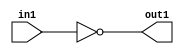
`timescale 1ps / 1ps
/*****************************************************************************
    Verilog RTL Description
    
    
    Created by: Stratus DpOpt 21.05.01 
*******************************************************************************/

module SobelFilter_Not_1U_1U_1 (
	in1,
	out1
	); /* architecture "behavioural" */ 
input  in1;
output  out1;
wire  asc001;

assign asc001 = 
	((~in1));

assign out1 = asc001;
endmodule

/* CADENCE  urXxQgw= : u9/ySxbfrwZIxEzHVQQV8Q== ** DO NOT EDIT THIS LINE ******/